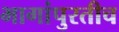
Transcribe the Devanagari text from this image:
भागांपुरतीच